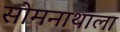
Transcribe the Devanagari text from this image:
सोमनाथाला